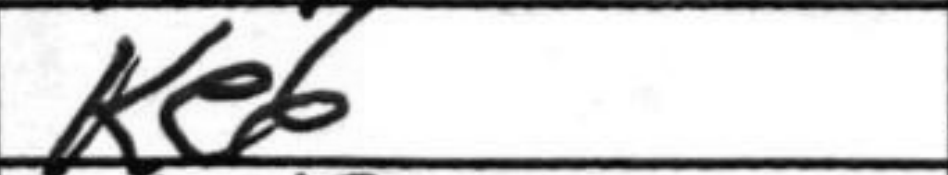
Transcription: Ke6